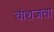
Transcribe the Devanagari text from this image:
वांशजता